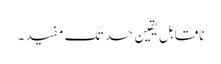
ناقابل یقین حد تک مفید۔